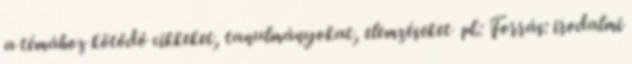
a témához kötődő cikkeket, tanulmányokat, elemzéseket pl.: Forrás: irodalmi